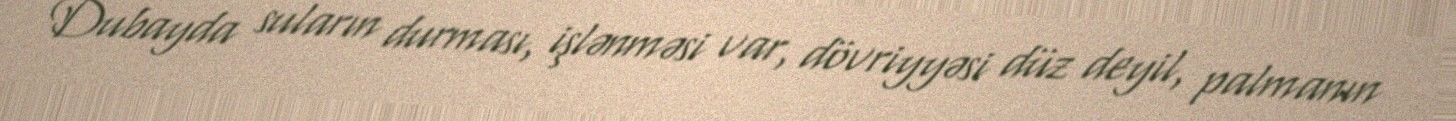
Dubayda suların durması, işlənməsi var, dövriyyəsi düz deyil, palmanın